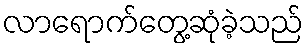
လာရောက်တွေ့ဆုံခဲ့သည်